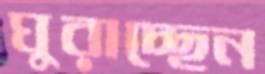
ঘুরাচ্ছেন